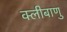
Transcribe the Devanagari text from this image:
क्लीबाणु